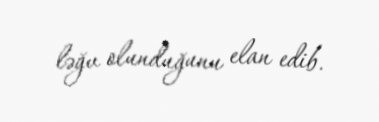
ləğv olunduğunu elan edib.